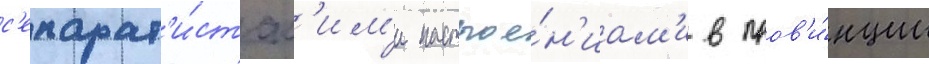
с'епарат'и́стск'им'и настрое́н'иам'и в пров'и́нции